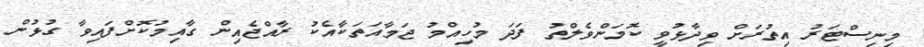
މިނިސްޓަރު އިތުރަށް ވިދާޅުވީ ކޮމަންވެލްތު ފަދަ މުހިއްމު ޖަމާއަތަކާއެކު ރާއްޖެއިން ގާއިމުކޮށްފައިވާ ގުޅުން